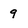
Character: 9